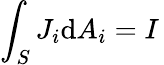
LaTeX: \int_{S}J_{i}\mathrm{d}A_{i}=I\,